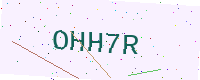
Text: OHH7R